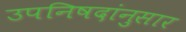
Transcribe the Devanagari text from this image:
उपनिषदांनुसार